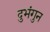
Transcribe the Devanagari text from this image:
दुभंगुन